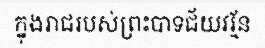
ក្នុងរាជរបស់ព្រះបាទជ័យវរ្ម័ន